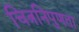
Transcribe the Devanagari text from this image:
चित्रनिपुणता